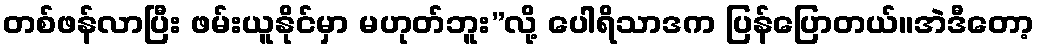
တစ်ဖန်လာပြီး ဖမ်းယူနိုင်မှာ မဟုတ်ဘူး”လို့ ပေါရိသာဒက ပြန်ပြောတယ်။အဲဒီတော့